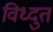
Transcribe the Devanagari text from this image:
विध्दुत